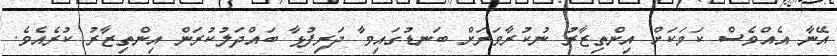
އޭނާ އެއްވެސް ކަމަކަށް އިންތިޒާރު ނުކުރާވަރަށް ބަނޑުގައިވާ ދަރިފުޅާ ބައްދަލުކުރަން އިންތިޒާރު ކުރެއެވެ.